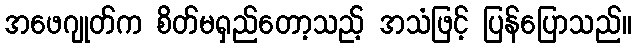
အဖေဂျုတ်က စိတ်မရှည်တော့သည့် အသံဖြင့် ပြန်ပြောသည်။